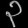
Digit: ၃